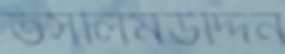
তসলিমউদ্দিন